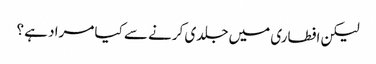
لیکن افطاری میں جلدی کرنے سے کیا مراد ہے ؟